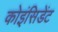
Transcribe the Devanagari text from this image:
कोइंसिडेंट